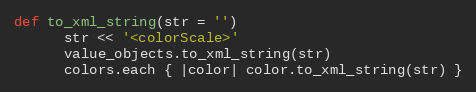
Language: Ruby
def to_xml_string(str = '')
      str << '<colorScale>'
      value_objects.to_xml_string(str)
      colors.each { |color| color.to_xml_string(str) }